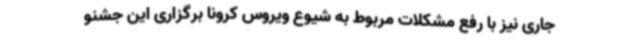
جاری نیز با رفع مشکلات مربوط به شیوع ویروس کرونا برگزاری این جشنو